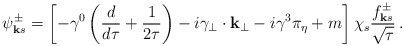
\begin{align*}\psi^{\pm}_{{\bf k}s} = \left[-\gamma^{0}\left( {d \over d\tau}+{1 \over 2\tau}\right)- i \gamma_{\bf{{\perp}}}\cdot {\bf{k_{\perp}}}-i \gamma^{3} \pi_{\eta}+ m\right] \chi_{s} {f^{\pm}_{{\bf k}s} \over {\sqrt\tau}}\, . \end{align*}